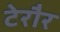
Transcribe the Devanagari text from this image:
टेरौर